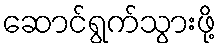
ဆောင်ရွက်သွားဖို့